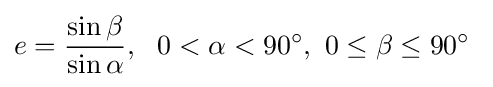
e={\frac {\sin \beta }{\sin \alpha }},\ \ 0<\alpha <90^{\circ },\ 0\leq \beta \leq 90^{\circ }\